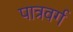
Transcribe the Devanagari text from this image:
पात्रवर्ग